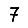
Digit: 7